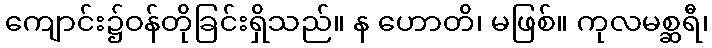
ကျောင်း၌ဝန်တိုခြင်းရှိသည်။ န ဟောတိ၊ မဖြစ်။ ကုလမစ္ဆရီ၊